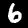
Digit: 6